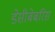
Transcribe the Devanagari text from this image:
डेसीबेबरिस